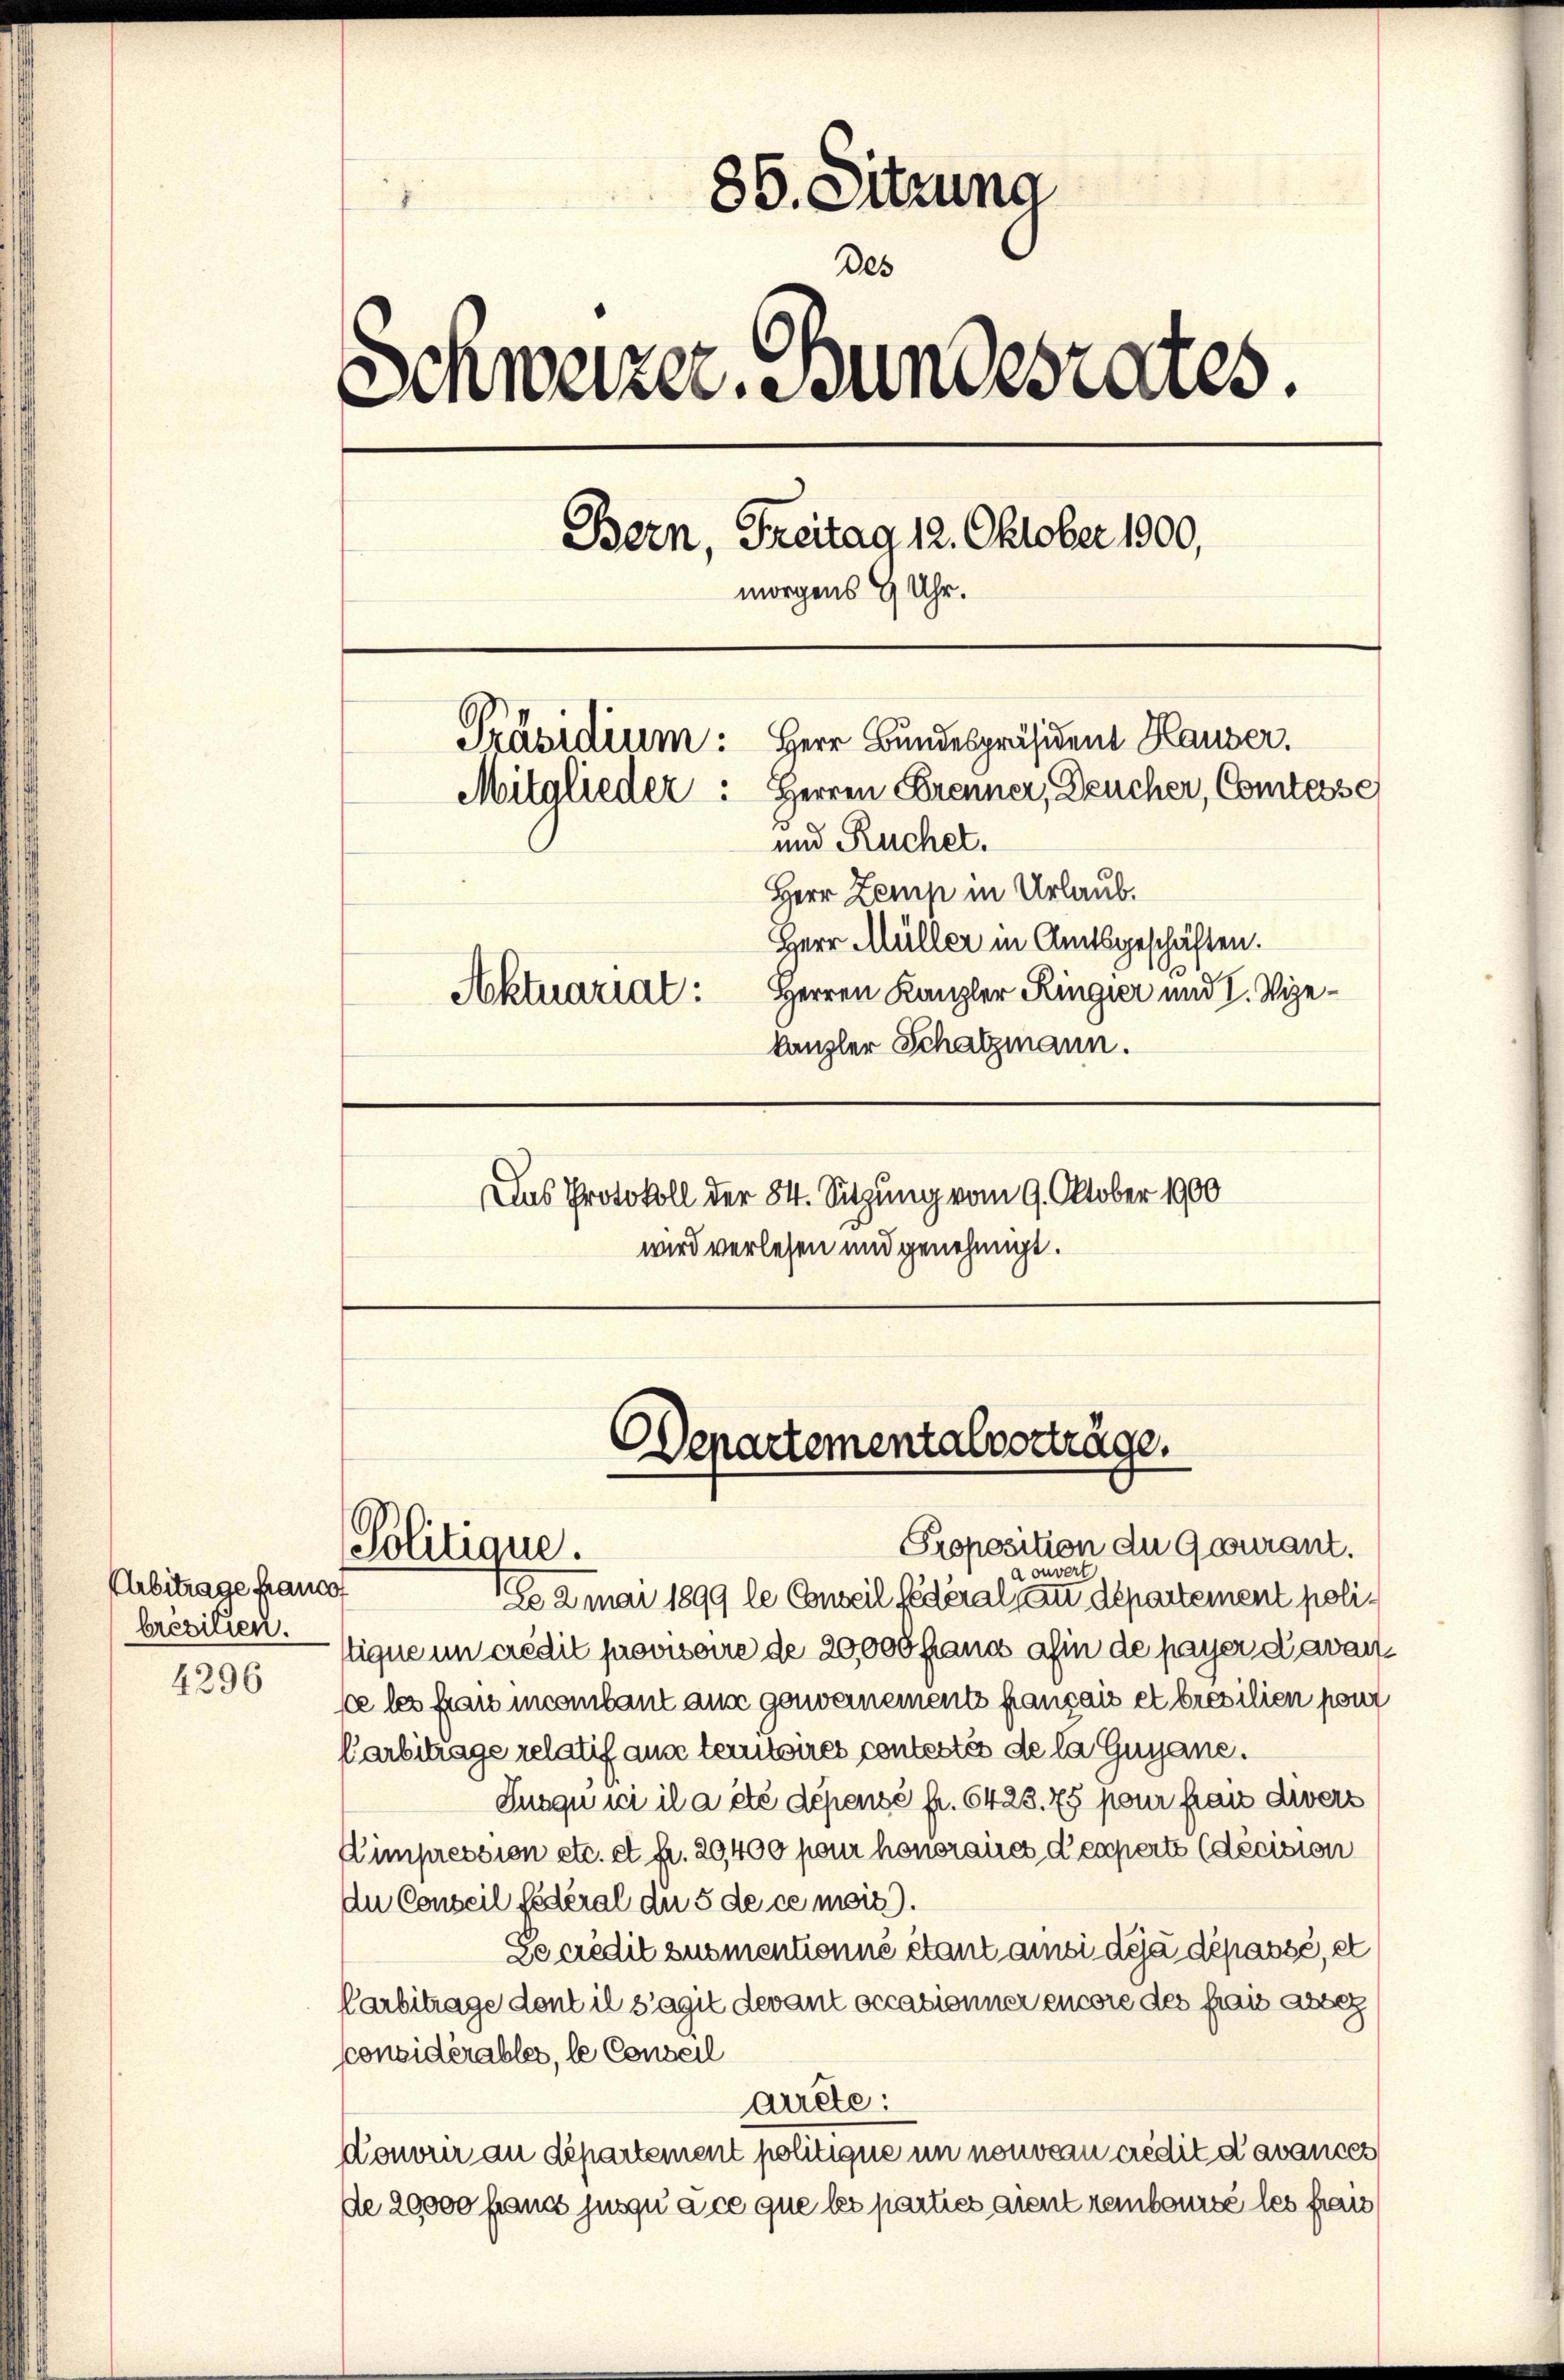
85. Sitzung
Des
Schweizer. Stundesrates.
Bern, Freitag 12. Oktober 1900,
morgens 9 Uhr.
Präsidium: Herr Bundespräsident Hauser.
Mitglieder: Herren Brenner, Deucher, Comtesse
und Ruchel.
Herr Zemp in Urlaub.
Herr Müller in Amtsgeschäften.
Aktuariat: Herren Kanzler Ringier und I. Vizekanzler Schatzmann.

Arbitrage france
brezilien.
4296

Es 2mai 1899 le Conseil fédéral au département politique un credit provisoire de 20,000 frand afin de payer davanse les frau incailant aus genvernements français et brasilien pour
Carbitrage relatif aus territoires contestés de la Guyane.
Jusquici il a été dépensé fr. 6428. 75 pour frau divers
Aimpression etc. et p. 29,400 pour honorancs d experte (décision
du Conseil fédéral du 5 de ce mois.
Decredit zusmentionné étant ansi déjà dépassé, et
Carbitrage dont il s’agit devant occasionner encore des frais abeg
sconsidérables, le Conseil
aicte:
donorir au département politique in nouveau crédit d’avances
de 20000 francs jusqu’ à ce que les parties aient remboursé les frai

Das Protokoll der 84. Sitzung vom 9. Oktober 1900
wird verlesen und genehmigt.

Departementalvorträge.
Proposition du Gourant.
Politique.
a ouv